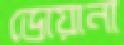
ডোয়ানা